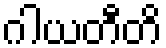
ဂါယတီတိ